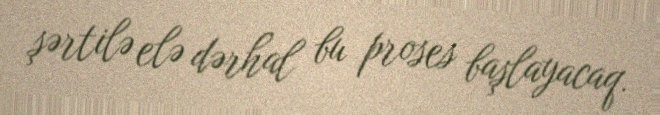
şərtilə elə dərhal bu proses başlayacaq.